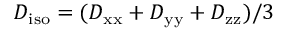
D _ { \mathrm { i s o } } = ( D _ { \mathrm { x x } } + D _ { \mathrm { y y } } + D _ { \mathrm { z z } } ) / 3